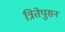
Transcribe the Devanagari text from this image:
त्रितेपुसन